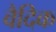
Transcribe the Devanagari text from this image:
वैदिक